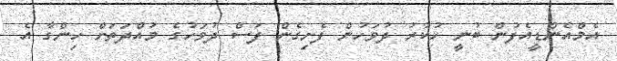
އެމްއެންޑީއެފުން ބުނީ ހުކުރު ދުވަހުން ފެށިގެން ފަސް ދުވަހުގެ މުއްދަތަށް ހިންގާ އެ